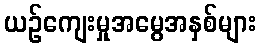
ယဉ်ကျေးမှုအမွေအနှစ်များ